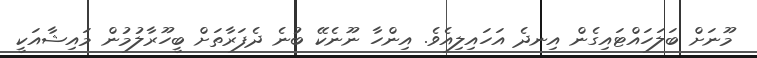
މޫނަށް ބަލަހައްޓައިގެން އިނދެ އަހައިލިއެވެ. އިންހާ ނޫނެކޭ ބުނެ ދެފަރާތަށް ބީހޫރާލުމުން މައިޝާއަކީ